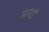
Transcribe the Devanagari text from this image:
मांटों